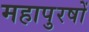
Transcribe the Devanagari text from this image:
महापुरषों